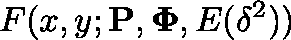
F ( x , y ; \mathbf { P } , \mathbf { \Phi } , E ( \delta ^ { 2 } ) )